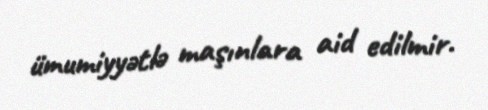
ümumiyyətlə maşınlara aid edilmir.